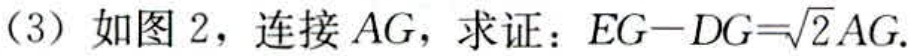
(3) 如图 2，连接 \(AG\)，求证：\(EG - DG = \sqrt{2}AG\).